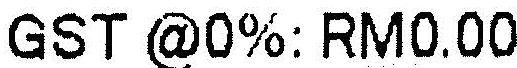
GST @0%: RM0.00